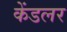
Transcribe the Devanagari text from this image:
केंडलर